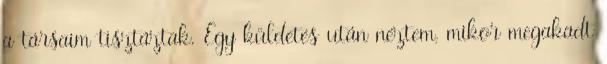
a társaim tisztáztak. Egy küldetés után néztem, mikor megakadt